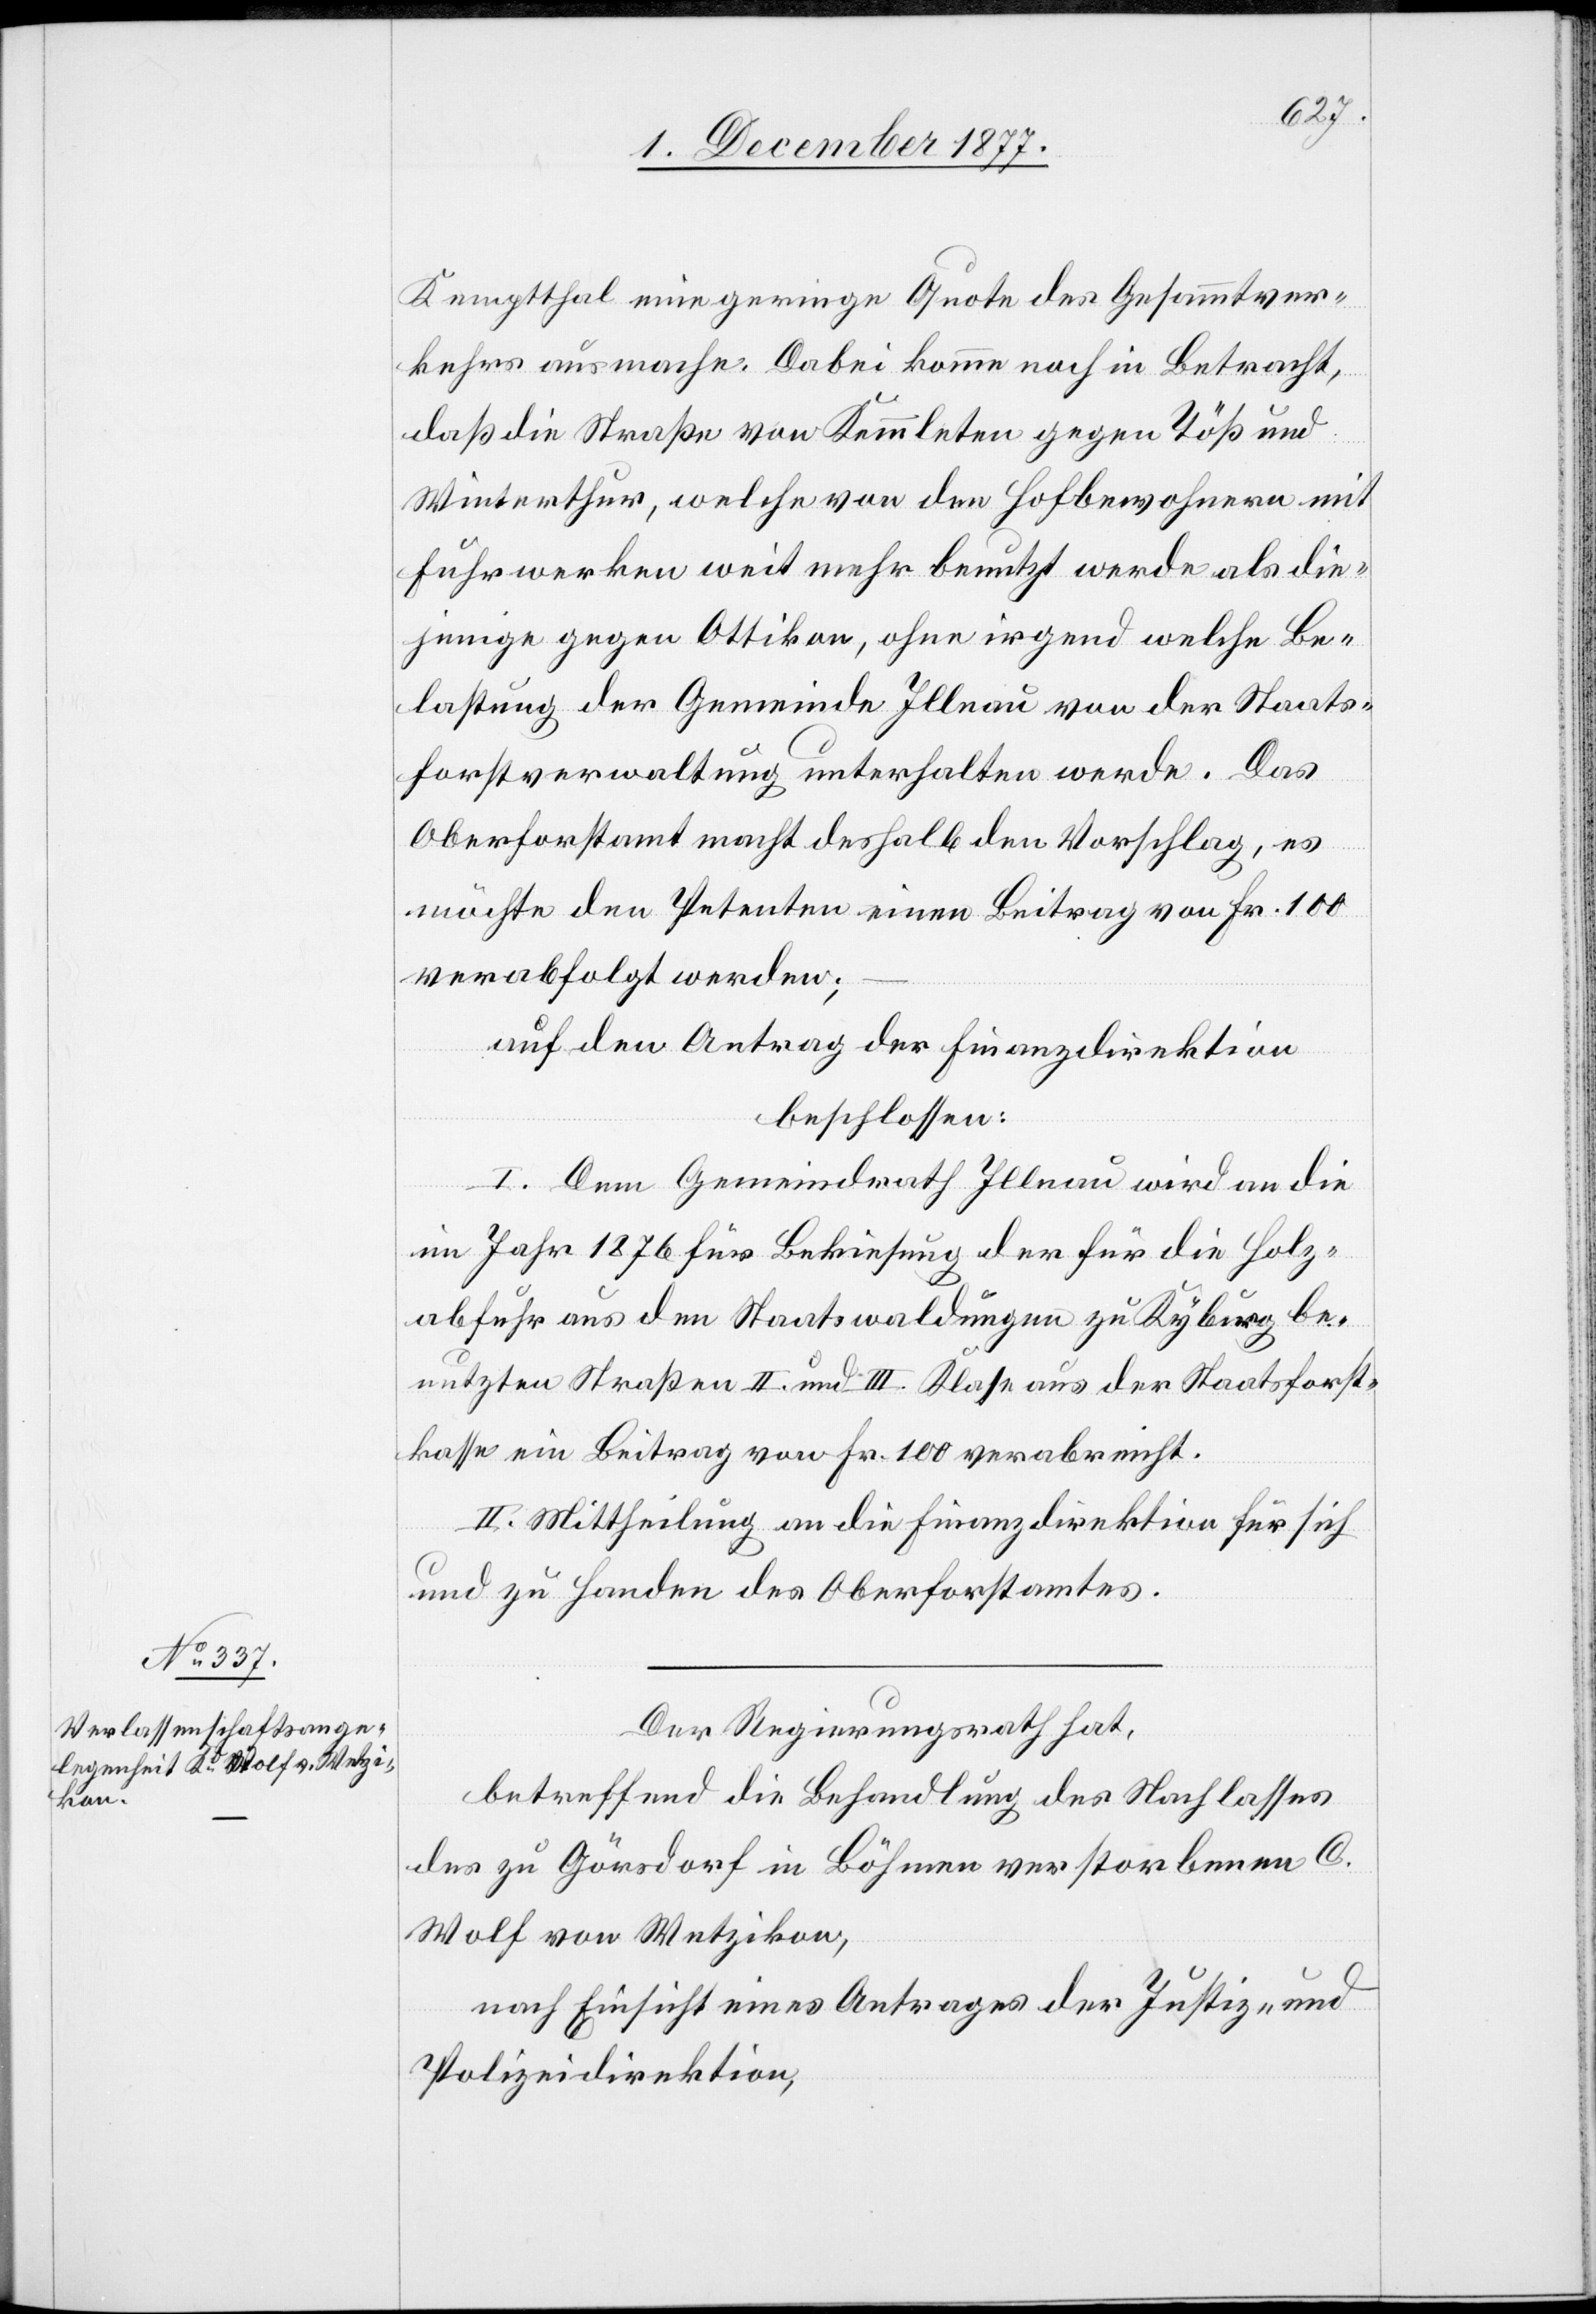
Kemptthal eine geringe Quote des Gesammtver¬
kehrs ausmache. Dabei komme noch in Betracht,
daß die Straße von Kemmleten gegen Töß und
Winterthur, welche von den Hofbewohnern mit
Fuhrwerken weit mehr benutzt werde als die¬
jenige gegen Ottikon, ohne irgend welche Be¬
lastung der Gemeinde Illnau von der Staats¬
forstverwaltung unterhalten werde. Das
Oberforstamt macht deshalb den Vorschlag, es
möchte den Petenten einen Beitrag von Fr. 100
verabfolgt werden;
auf den Antrag der Finanzdirektion
beschlossen:
I. Dem Gemeindrath Illnau wird an die
im Jahr 1876 für Bekiesung der für die Holz¬
abfuhr aus den Staatswaldungen zu Kyburg be¬
nutzten Straßen II. und III. Klasse aus der Staatsforst¬
kasse ein Beitrag von Fr. 100 verabreicht.
II. Mittheilung an die Finanzdirektion für sich
und zu Handen des Oberforstamtes.
Der Regierungsrath hat,
betreffend die Behandlung des Nachlasses
des zu Görsdorf in Böhmen verstorbenen C.
Wolf von Wetzikon,
nach Einsicht eines Antrages der Justiz- und
Polizeidirektion,